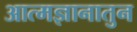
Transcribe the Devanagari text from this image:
आत्मज्ञानातुन